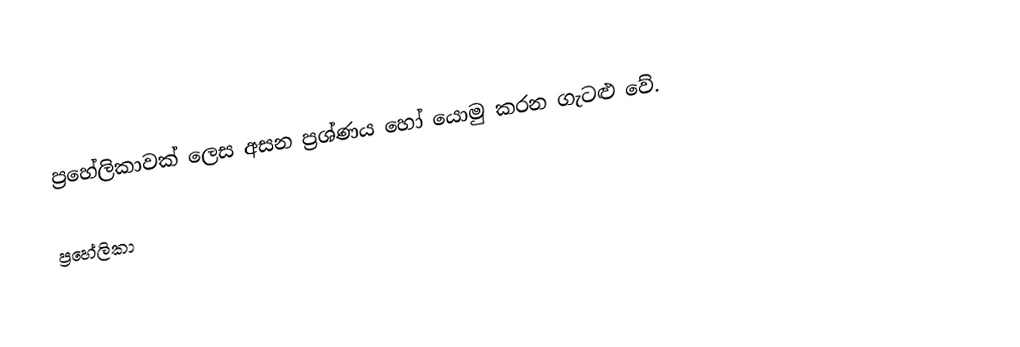
ප්‍රහේලිකාවක් ලෙස අසන ප්‍රශ්ණය හෝ යොමු කරන ගැටළු වේ.

ප්‍රහේලිකා